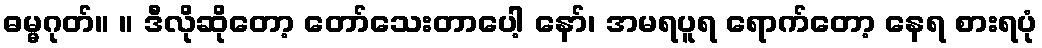
ဓမ္မဂုတ်။ ။ ဒီလိုဆိုတော့ တော်သေးတာပေါ့ နော်၊ အမရပူရ ရောက်တော့ နေရ စားရပုံ